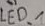
Text: LED_1